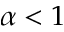
\alpha < 1